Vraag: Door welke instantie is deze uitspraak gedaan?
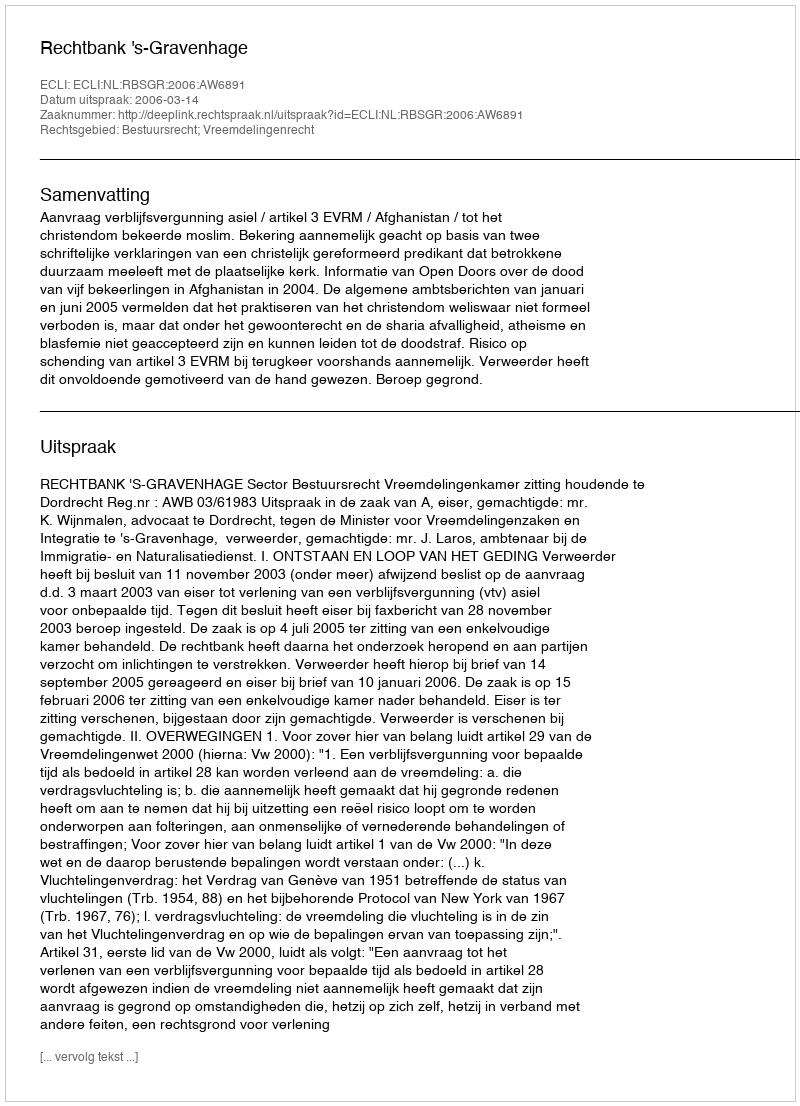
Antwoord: Rechtbank 's-Gravenhage